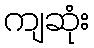
ကျဆုံး